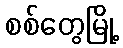
စစ်တွေမြို့